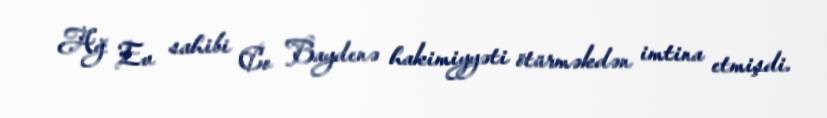
Ağ Ev sahibi Co Baydenə hakimiyyəti ötürməkdən imtina etmişdi.